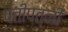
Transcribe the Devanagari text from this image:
पतीपत्‍नी